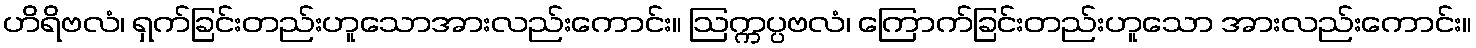
ဟိရိဗလံ၊ ရှက်ခြင်းတည်းဟူသောအားလည်းကောင်း။ ဩက္ကပ္ပဗလံ၊ ကြောက်ခြင်းတည်းဟူသော အားလည်းကောင်း။